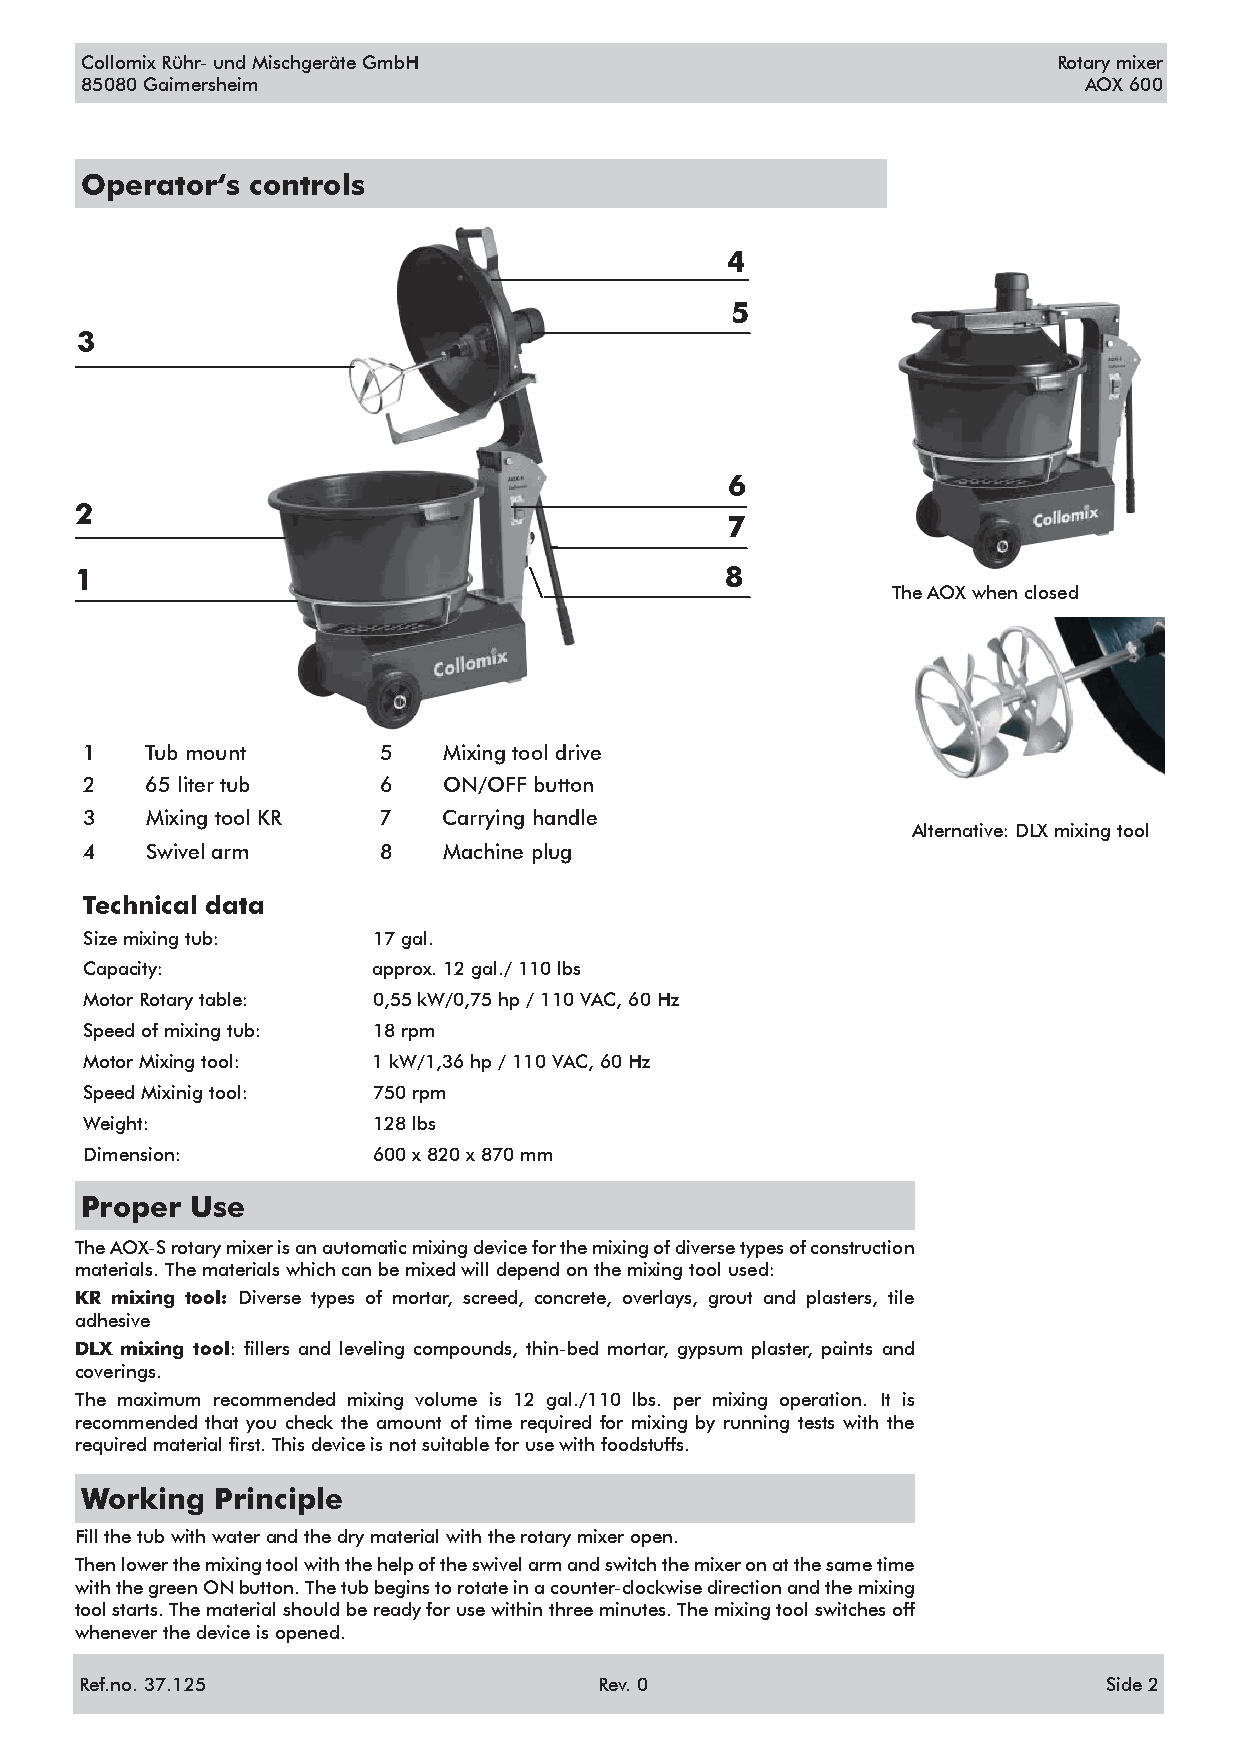
Collomix Rühr- und Mischgeräte GmbH                              Rotary mixer
 85080 Gaimersheim                                                  AOX 600
 Operator‘s controls
 4
 5
 3
 6
 2
 7
 1                                          8
 The AOX when closed
 1   Tub mount      5   Mixing tool drive
 2   65 liter tub   6   ON/OFF button
 3   Mixing tool KR 7   Carrying handle
 Alternative: DLX mixing tool
 4   Swivel arm     8   Machine plug
 Technical data
 Size mixing tub:   17 gal.
 Capacity:          approx. 12 gal./ 110 lbs
 Motor Rotary table: 0,55 kW/0,75 hp / 110 VAC, 60 Hz
 Speed of mixing tub: 18 rpm
 Motor Mixing tool: 1 kW/1,36 hp / 110 VAC, 60 Hz
 Speed Mixinig tool: 750 rpm
 Weight:            128 lbs
 Dimension:         600 x 820 x 870 mm
 Proper  Use
 The AOX-S rotary mixer is an automatic mixing device for the mixing of diverse types of construction
 materials. The materials which can be mixed will depend on the mixing tool used:
 KR mixing tool: Diverse types of mortar, screed, concrete, overlays, grout and plasters, tile
 adhesive
 DLX mixing tool: fillers and leveling compounds, thin-bed mortar, gypsum plaster, paints and
 coverings.
 The maximum recommended mixing volume is 12 gal./110 lbs. per mixing operation. It is
 recommended that you check the amount of time required for mixing by running tests with the
 required material first. This device is not suitable for use with foodstuffs.
 Working  Principle
 Fill the tub with water and the dry material with the rotary mixer open.
 Then lower the mixing tool with the help of the swivel arm and switch the mixer on at the same time
 with the green ON button. The tub begins to rotate in a counter-clockwise direction and the mixing
 tool starts. The material should be ready for use within three minutes. The mixing tool switches off
 whenever the device is opened.
 Ref.no. 37.125                     Rev. 0                           Side 2